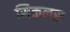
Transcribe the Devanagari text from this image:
सिकलस